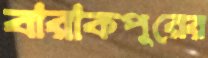
বারাকপুরের